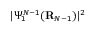
| \Psi _ { 1 } ^ { N - 1 } ( { \bf R } _ { N - 1 } ) | ^ { 2 }